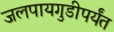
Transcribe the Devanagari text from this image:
जलपायगुडीपर्यंत